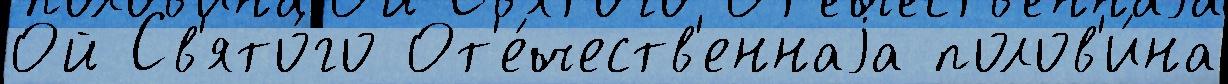
Ой Св'ято́го От'е́честв'еннаjа полов'и́на